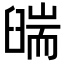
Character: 𦦇